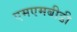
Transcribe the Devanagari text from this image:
एमएमबीडी